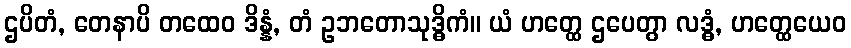
ဌပိတံ, တေနာပိ တထေဝ ဒိန္နံ, တံ ဥဘတောသုဒ္ဓိကံ။ ယံ ဟတ္ထေ ဌပေတွာ လဒ္ဓံ, ဟတ္ထေယေဝ